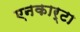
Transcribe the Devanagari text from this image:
एनकार्टा